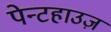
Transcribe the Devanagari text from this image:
पेन्टहाउज़